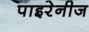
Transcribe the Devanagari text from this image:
पाइरेनीज